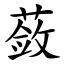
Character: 蔹